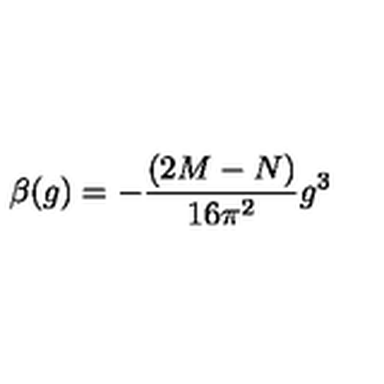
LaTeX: \beta ( g ) = - \frac { ( 2 M - N ) } { 1 6 \pi ^ { 2 } } g ^ { 3 }